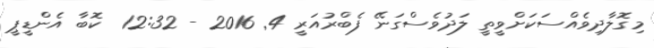
މިގޮލާދިވެއްސަކަށްވީތީ ލަދުވެސްގަނޭ ފެބްރުއަރީ 4